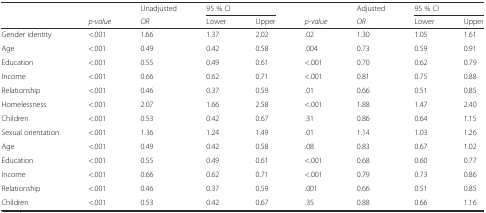
|  |  | Unadjusted | <COLSPAN=2> 95 % CI |  | Adjusted | <COLSPAN=2> 95 % CI |
 |  | p-value | OR | Lower | Upper | p-value | OR | Lower | Upper |
 | --- | --- | --- | --- | --- | --- | --- | --- | --- |
 | Gender identity | <.001 | 1.66 | 1.37 | 2.02 | .02 | 1.30 | 1.05 | 1.61 |
 | Age | <.001 | 0.49 | 0.42 | 0.58 | .004 | 0.73 | 0.59 | 0.91 |
 | Education | <.001 | 0.55 | 0.49 | 0.61 | <.001 | 0.70 | 0.62 | 0.79 |
 | Income | <.001 | 0.66 | 0.62 | 0.71 | <.001 | 0.81 | 0.75 | 0.88 |
 | Relationship | <.001 | 0.46 | 0.37 | 0.59 | .01 | 0.66 | 0.51 | 0.85 |
 | Homelessness | <.001 | 2.07 | 1.66 | 2.58 | <.001 | 1.88 | 1.47 | 2.40 |
 | Children | <.001 | 0.53 | 0.42 | 0.67 | .31 | 0.86 | 0.64 | 1.15 |
 | Sexual orientation | <.001 | 1.36 | 1.24 | 1.49 | .01 | 1.14 | 1.03 | 1.26 |
 | Age | <.001 | 0.49 | 0.42 | 0.58 | .08 | 0.83 | 0.67 | 1.02 |
 | Education | <.001 | 0.55 | 0.49 | 0.61 | <.001 | 0.68 | 0.60 | 0.77 |
 | Income | <.001 | 0.66 | 0.62 | 0.71 | <.001 | 0.79 | 0.73 | 0.86 |
 | Relationship | <.001 | 0.46 | 0.37 | 0.59 | .001 | 0.66 | 0.51 | 0.85 |
 | Children | <.001 | 0.53 | 0.42 | 0.67 | .35 | 0.88 | 0.66 | 1.16 |